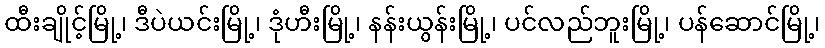
ထီးချိုင့်မြို့၊ ဒီပဲယင်းမြို့၊ ဒုံဟီးမြို့၊ နန်းယွန်းမြို့၊ ပင်လည်ဘူးမြို့၊ ပန်ဆောင်မြို့၊